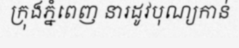
ក្រុងភ្នំពេញ នារដូវបុណ្យកាន់